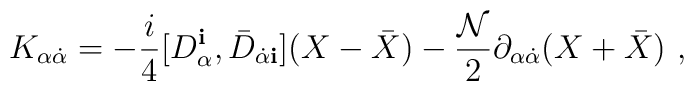
K_{\alpha{\dot{\alpha}}}=-\frac{i}{4} [D_\alpha^{\mathbf i},{\bar D}_{{\dot{\alpha}}{\mathbf i}}](X-{\bar X})-\frac{{\mathcal N}}{2}\partial_{\alpha{\dot{\alpha}}}(X+{\bar X})\ ,